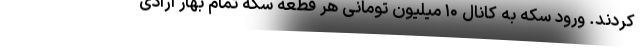
کردند. ورود سکه به کانال ۱۰ میلیون تومانی هر قطعه سکه تمام بهار آزادی